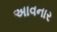
અાવનાર